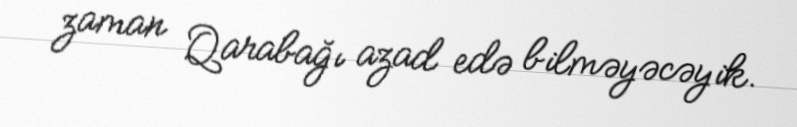
zaman Qarabağı azad edə bilməyəcəyik.